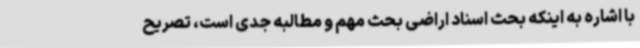
با اشاره به اینکه بحث اسناد اراضی بحث مهم و مطالبه جدی است، تصریح